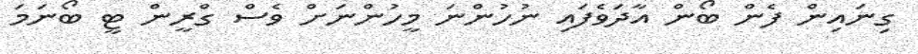
ގިނައިން ފެން ބޯން އާދަވެފައި ނުހުންނަ މީހުންނަށް ވެސް ގްރީން ޓީ ބޯނަމަ